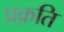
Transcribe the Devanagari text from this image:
प्रक़ति